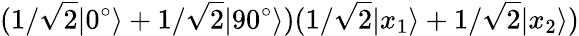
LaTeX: (1/\sqrt{2}|0^{\circ}\rangle+1/\sqrt{2}|90^{\circ}\rangle)(1/\sqrt{2}|x_{1}\rangle+1/\sqrt{2}|x_{2}\rangle)